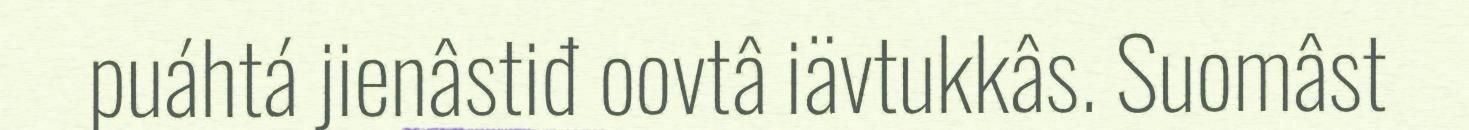
puáhtá jienâstiđ oovtâ iävtukkâs. Suomâst